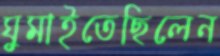
ঘুমাইতেছিলেন